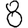
Digit: 8